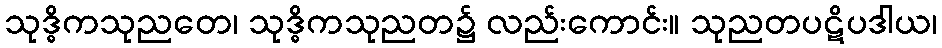
သုဒ္ဓိကသုညတေ၊ သုဒ္ဓိကသုညတ၌ လည်းကောင်း။ သုညတပဋိပဒါယ၊